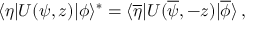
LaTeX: \langle \eta | U ( \psi , z ) | \phi \rangle ^ { \ast } = \langle \overline { { \eta } } | U ( \overline { { \psi } } , - z ) | \overline { { \phi } } \rangle \, ,